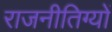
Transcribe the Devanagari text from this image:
राजनीतिग्यों